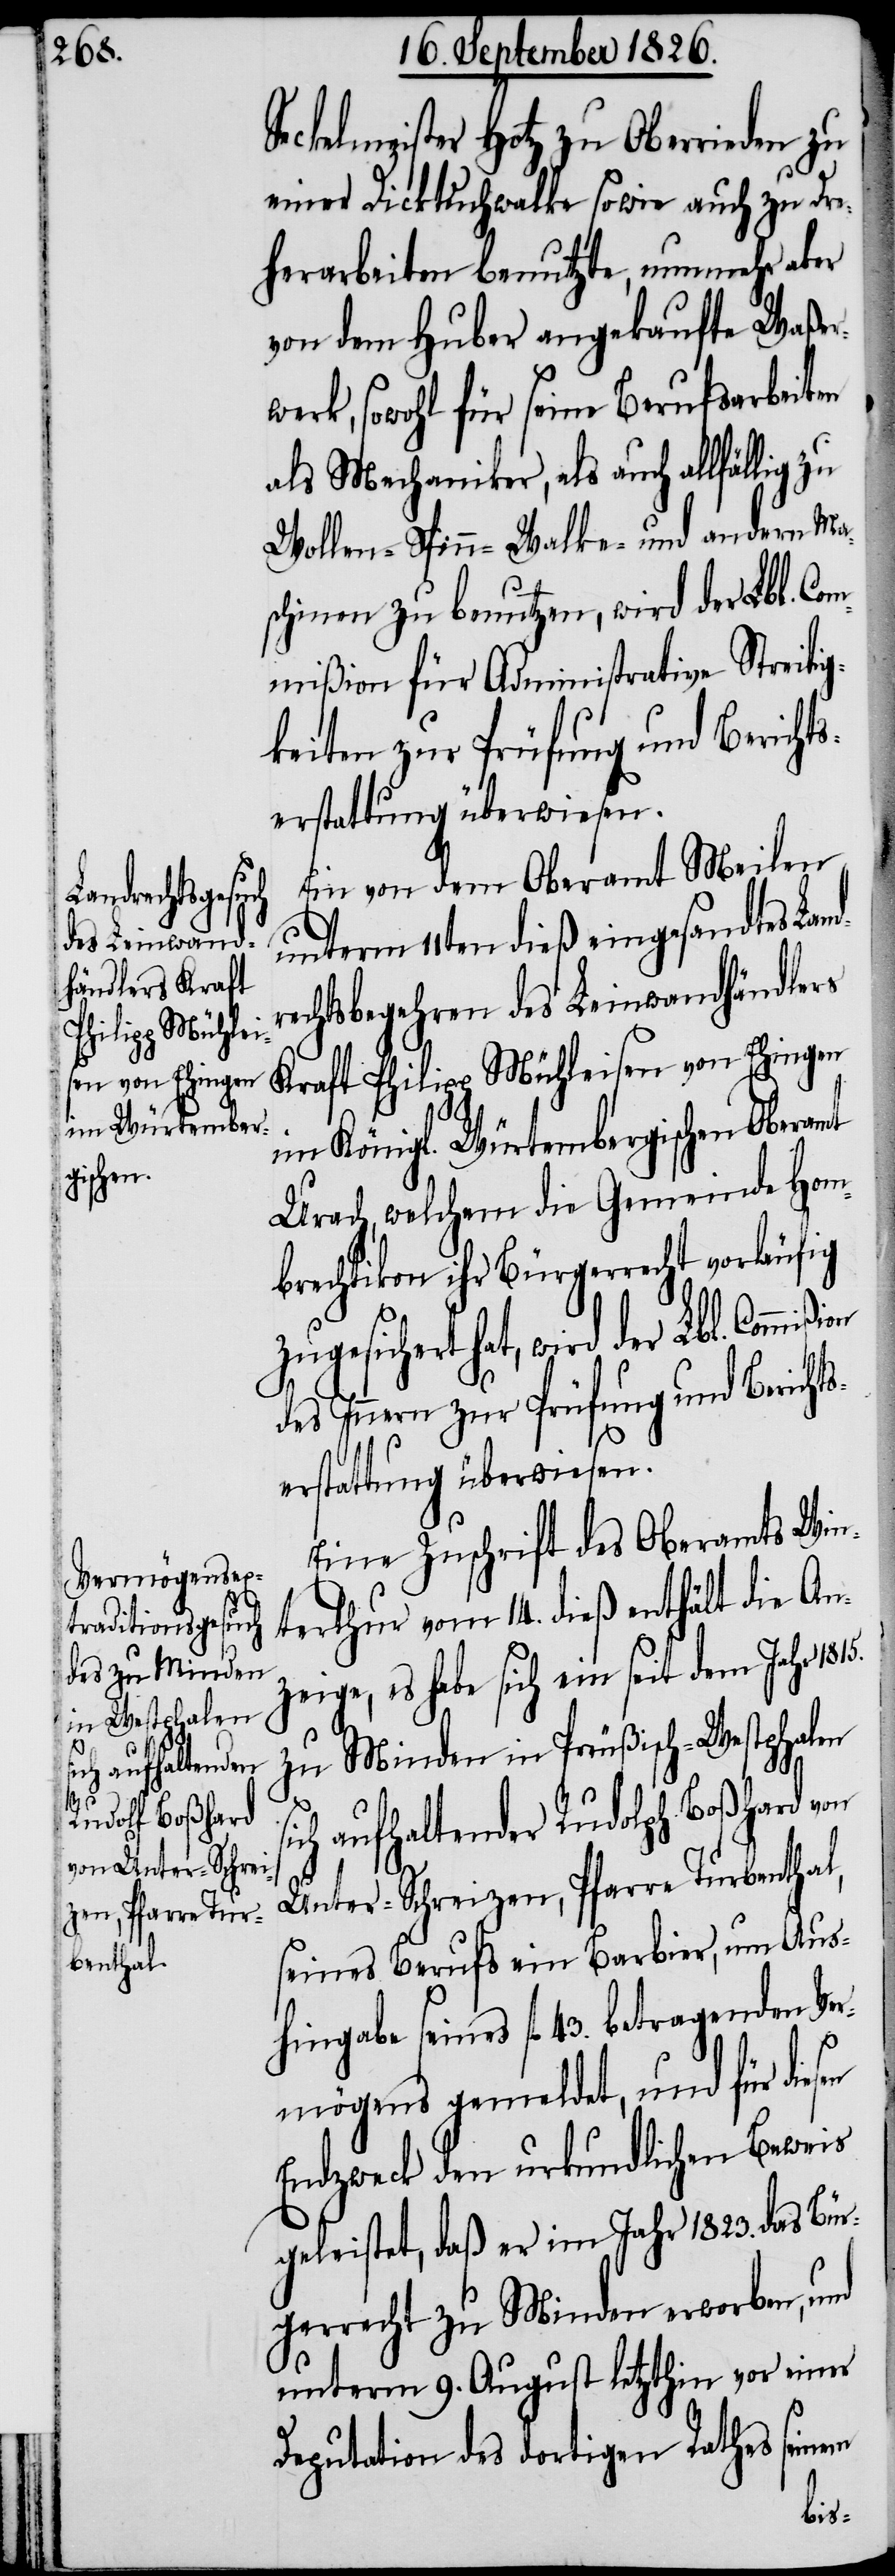
d¬

Seckelmeister Hotz zu Oberrieden zu
einer Dicktuchwalke sowie auch zu Dre¬
herarbeiten benutzte, nunmehr aber
von dem Huber angekaufte Waßer¬
werk, sowohl für seine Berufsarbeiten
als Mechaniker, als auch allfällig zu
Spinn-[,] Walke- und andern Ma¬
schinen zu benutzen, wird der Lbl. Co¬
mmißion für Administrative Streitig¬
keiten zur Prüfung und Berichts¬
erstattung überwiesen.
Ein von dem Oberamt Meilen
unterm 11ten dieß eingesandtes Lan¬
rechtsbegehren des Leinwandhändlers
Kraft Philipp Mühleisen von Ehingen
im Königl. Würtembergischen Oberamt
Urach, welchem die Gemeinde Hom¬
brechtikon ihr Bürgerrecht vorläufig
zugesichert hat, wird der Lbl. Commi¬
des Innern zur Prüfung und Bericht¬
serstattung überwiesen.
Eine Zuschrift des Oberamts Win¬
terthur vom 14. dieß enthält die An¬
zeige, es habe sich ein seit dem Jahr 1815.
zu Minden in Preußisch-Westphalen
aufhaltender Rudolph Boßhard
Unter-Schreizen, Pfarre Turbenthal,
seines Berufs ein Barbier, um Aus¬
hingabe seines fl. 43. betragenden Ver¬
mögens gemeldet, und für dies¬
Endzweck den urkundlichen Beweis
geleistet, daß er im Jahr 1823. das Bür¬
gerrecht zu Minden erworben, und
unterm 9. August letzthin vor einer
Deputation des dortigen Rathes seinem
en